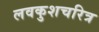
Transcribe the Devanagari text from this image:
लवकुशचरित्र